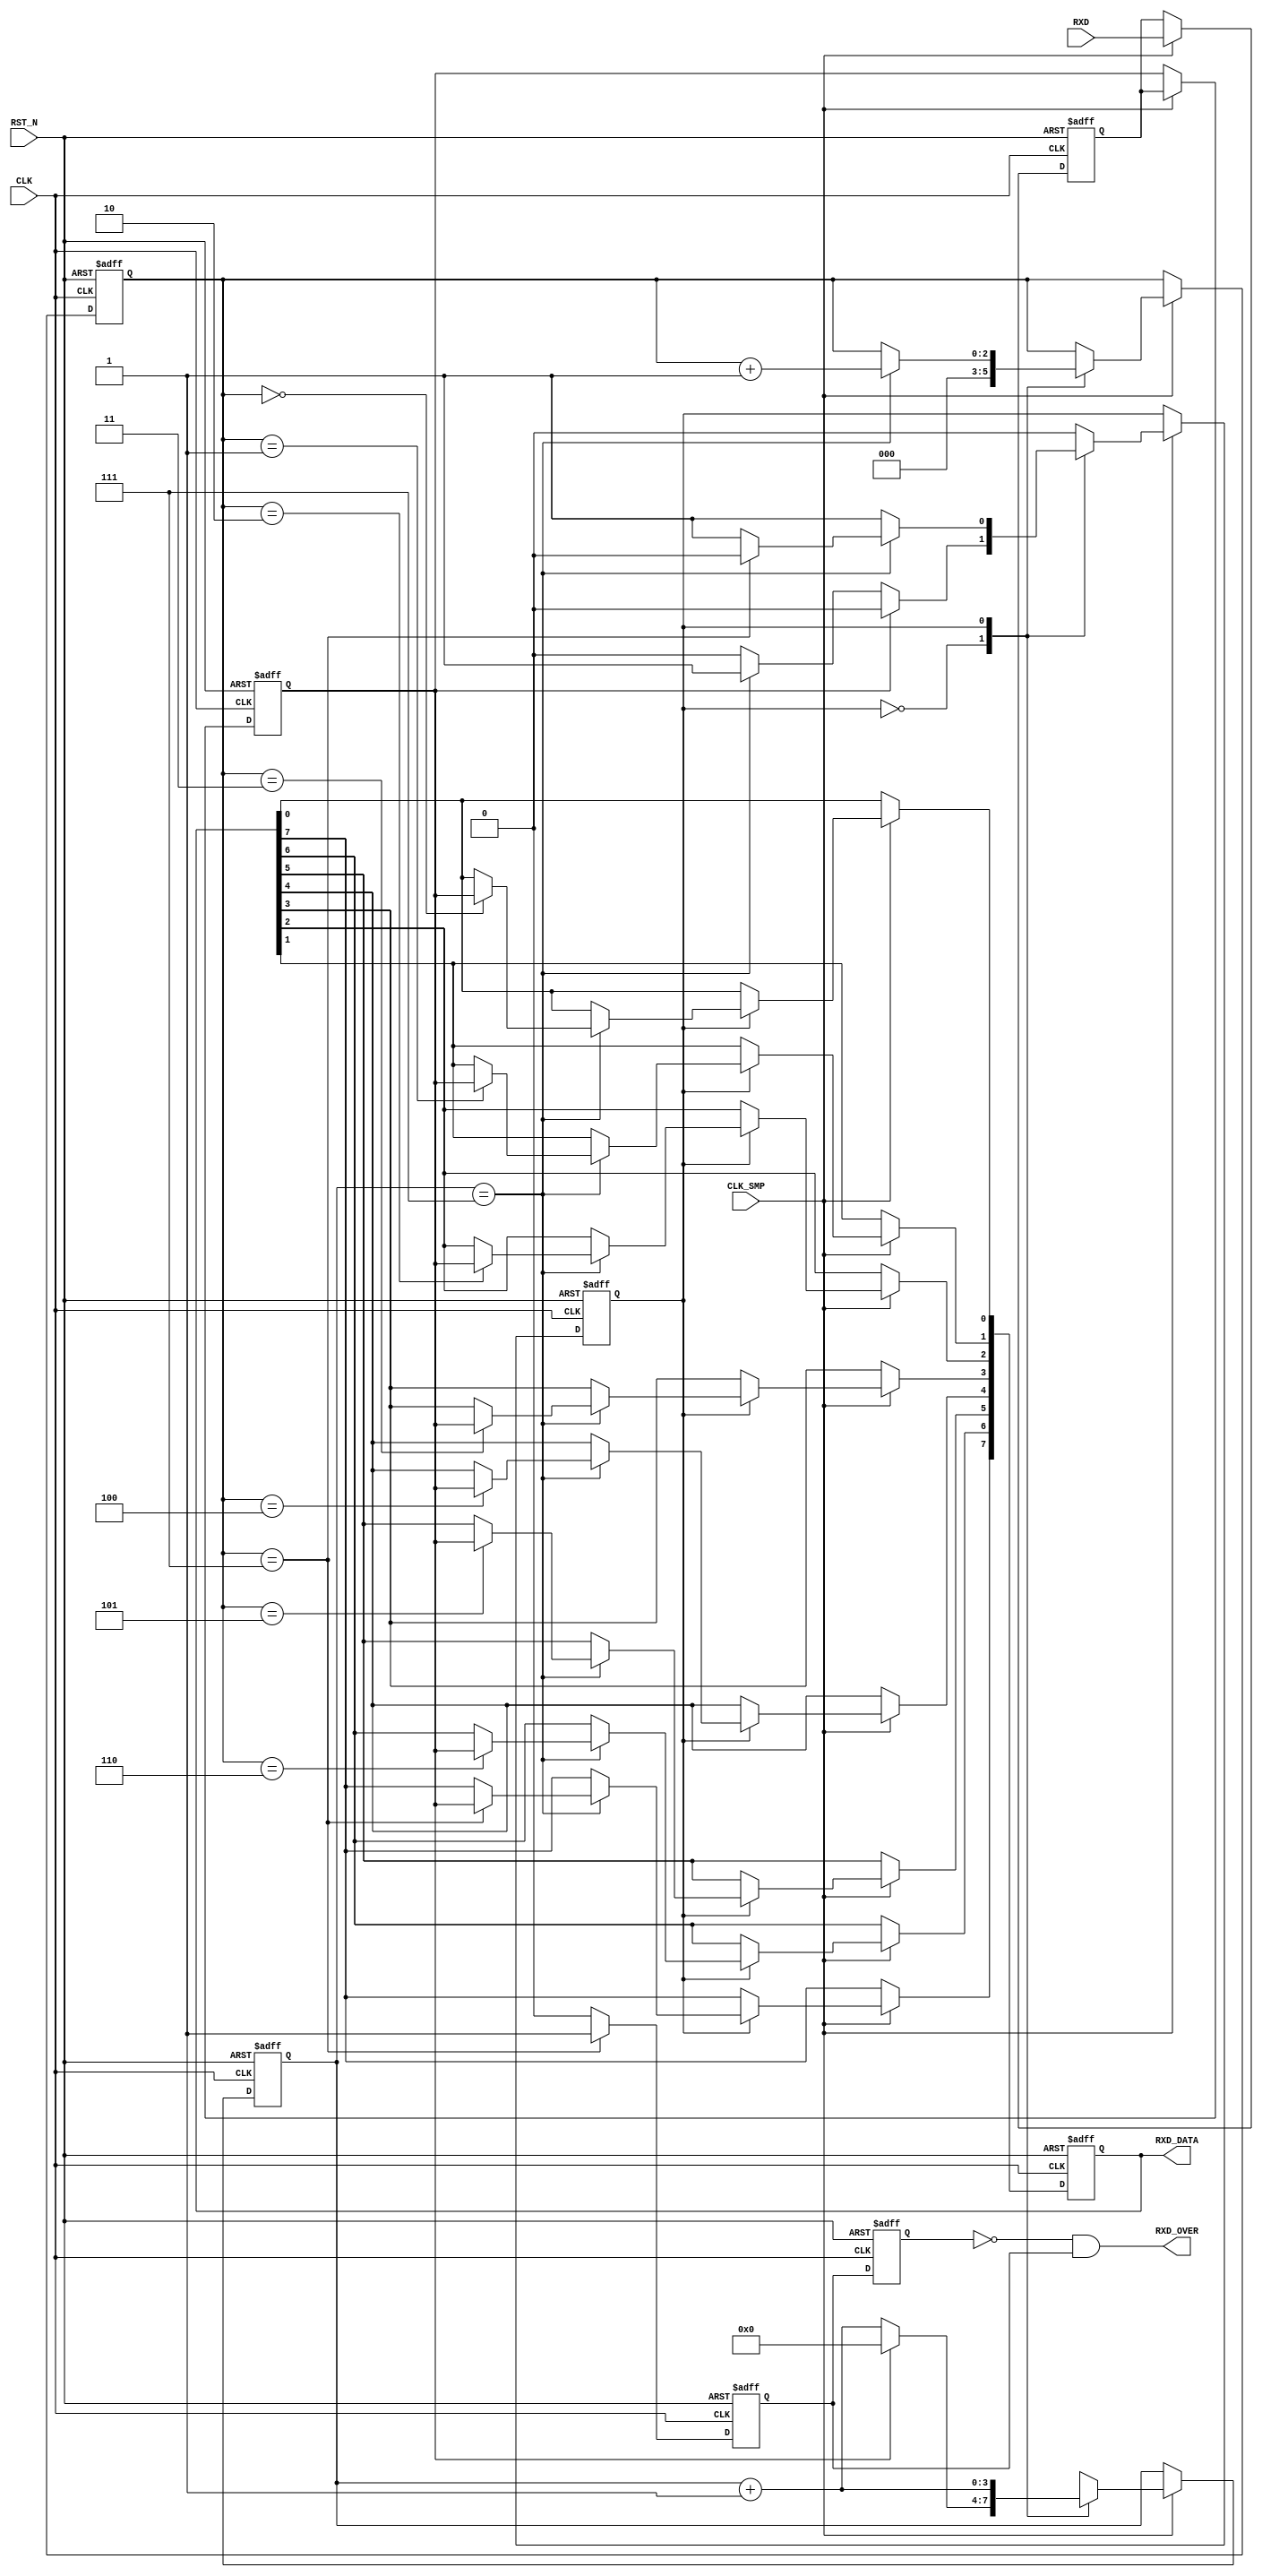
module Uart_Receiver
(
	CLK,
	CLK_SMP,	
	RST_N,
	
	RXD,
	RXD_OVER,	
	RXD_DATA	
);

	input CLK;
	input CLK_SMP;	
	input RST_N;
	
	input RXD;
	output RXD_OVER;	
	output reg [7:0]RXD_DATA;	

	reg	rxd_sync_r0;
	reg rxd_sync_r1;				
	always@(posedge CLK or negedge RST_N) begin
		if(!RST_N) begin
			rxd_sync_r0 <= 1;
			rxd_sync_r1 <= 1;
		end
		else if(CLK_SMP == 1) begin
			rxd_sync_r0 <= RXD;
			rxd_sync_r1 <= rxd_sync_r0;
		end
	end
	wire	rxd_sync = rxd_sync_r1;

	parameter R_IDLE   = 1'b0;		
	parameter R_SAMPLE = 1'b1;		
	reg	rxd_state;
	reg	[3:0] smp_cnt;					
	reg	[2:0] rxd_cnt;
	always@(posedge CLK or negedge RST_N) begin
		if(!RST_N) begin
			smp_cnt <= 0;
			rxd_cnt <= 0;
			RXD_DATA <= 0;
			rxd_state <= R_IDLE;
		end
		else if(CLK_SMP == 1) begin
			case(rxd_state)
				R_IDLE:begin
					rxd_cnt <= 0;
					if(rxd_sync == 1'b0)begin
						smp_cnt <= smp_cnt + 1'b1;
						if(smp_cnt == 4'd7)		
							rxd_state <= R_SAMPLE;
					end
					else
						smp_cnt <= 0;
				end
		
				R_SAMPLE:begin
					smp_cnt <= smp_cnt +1'b1;
					if(smp_cnt == 4'd7) begin
						rxd_cnt <= rxd_cnt +1'b1;
						if(rxd_cnt == 4'd7)
							rxd_state <= R_IDLE;
						case(rxd_cnt)
							3'd0:	RXD_DATA[0] <= rxd_sync;
							3'd1:	RXD_DATA[1] <= rxd_sync;
							3'd2:	RXD_DATA[2] <= rxd_sync;
							3'd3:	RXD_DATA[3] <= rxd_sync;
							3'd4:	RXD_DATA[4] <= rxd_sync;
							3'd5:	RXD_DATA[5] <= rxd_sync;
							3'd6:	RXD_DATA[6] <= rxd_sync;
							3'd7:	RXD_DATA[7] <= rxd_sync;
						endcase
					end
				end
			endcase
		end
	end
	wire	rxd_flag_r = (rxd_cnt == 4'd7) ? 1'b1 : 1'b0;


	reg	rxd_flag_r0;
	reg rxd_flag_r1;
	always@(posedge CLK or negedge RST_N) begin
		if(!RST_N) begin
			rxd_flag_r0 <= 0;
			rxd_flag_r1 <= 0;
		end
		else begin
			rxd_flag_r0 <= rxd_flag_r;
			rxd_flag_r1 <= rxd_flag_r0;
		end
	end
	assign	RXD_OVER = ~rxd_flag_r1 & rxd_flag_r0;

endmodule